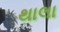
થાલા